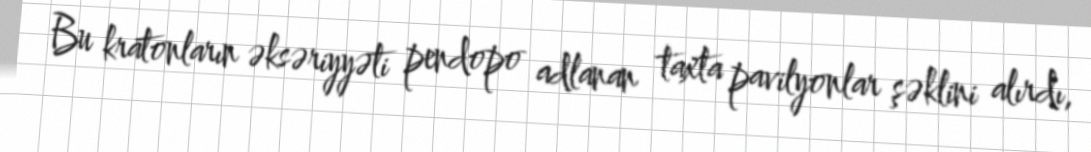
Bu kratonların əksəriyyəti pendopo adlanan taxta pavilyonlar şəklini alırdı,